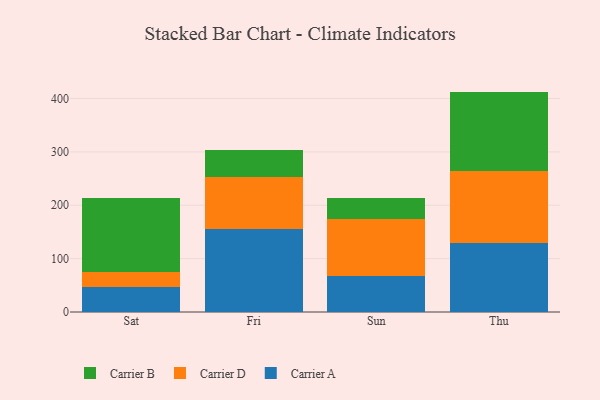
{"axis": {"x": "Day", "y": "Satisfaction Score"}, "legend": ["Carrier A", "Carrier B", "Carrier D"], "data": [{"x": "Sat", "y": 47.5, "type": "Carrier A"}, {"x": "Sat", "y": 27.7, "type": "Carrier D"}, {"x": "Sat", "y": 138.4, "type": "Carrier B"}, {"x": "Fri", "y": 155.3, "type": "Carrier A"}, {"x": "Fri", "y": 97.7, "type": "Carrier D"}, {"x": "Fri", "y": 49.6, "type": "Carrier B"}, {"x": "Sun", "y": 67.6, "type": "Carrier A"}, {"x": "Sun", "y": 107.3, "type": "Carrier D"}, {"x": "Sun", "y": 39.2, "type": "Carrier B"}, {"x": "Thu", "y": 130.2, "type": "Carrier A"}, {"x": "Thu", "y": 133.1, "type": "Carrier D"}, {"x": "Thu", "y": 149.6, "type": "Carrier B"}]}